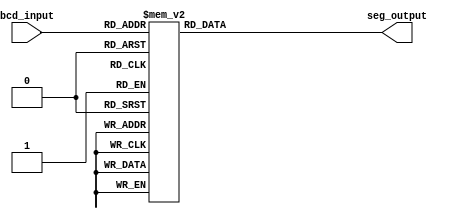
module bcd_decoder (
    input [3:0] bcd_input,
    output reg [6:0] seg_output
);

always @* begin
    case(bcd_input)
        4'b0000: seg_output = 7'b1000000; // Decimal 0
        4'b0001: seg_output = 7'b1111001; // Decimal 1
        4'b0010: seg_output = 7'b0100100; // Decimal 2
        4'b0011: seg_output = 7'b0110000; // Decimal 3
        4'b0100: seg_output = 7'b0011001; // Decimal 4
        4'b0101: seg_output = 7'b0010010; // Decimal 5
        4'b0110: seg_output = 7'b0000010; // Decimal 6
        4'b0111: seg_output = 7'b1111000; // Decimal 7
        4'b1000: seg_output = 7'b0000000; // Decimal 8
        4'b1001: seg_output = 7'b0010000; // Decimal 9
        default: seg_output = 7'b1111111; // Invalid
    endcase
end

endmodule